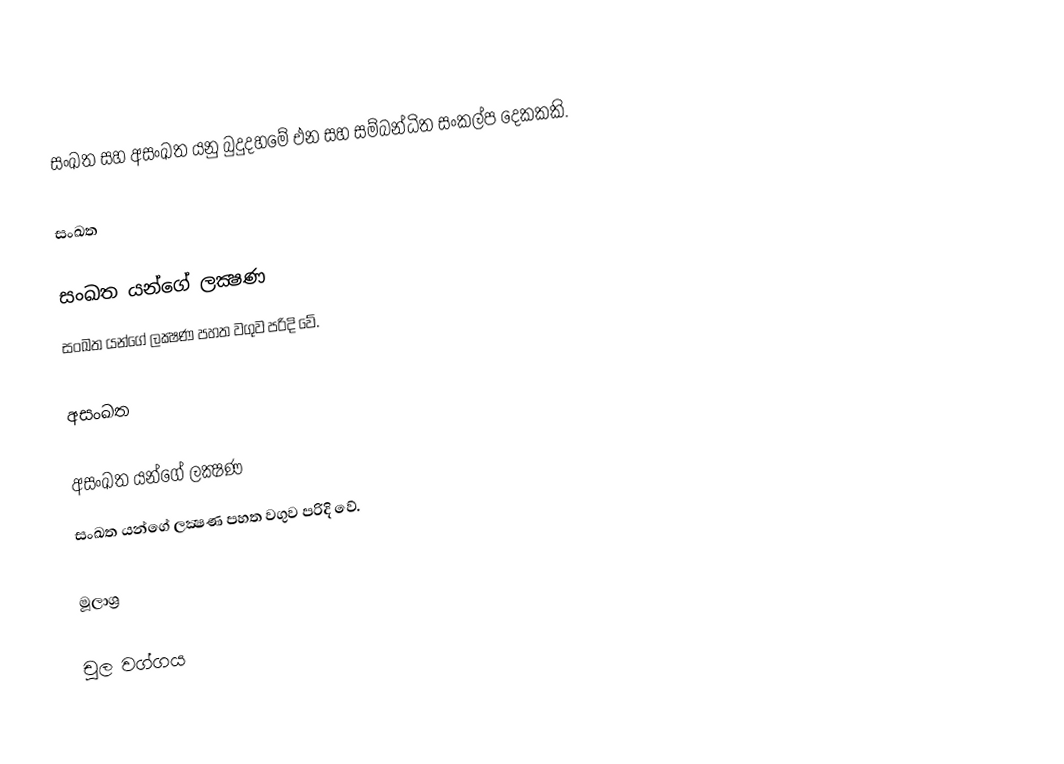
සංඛත සහ අසංඛත යනු බුදුදහමේ එන සහ සම්බන්ධිත සංකල්ප දෙකකකි.

සංඛත

සංඛත යන්ගේ ලක්‍ෂණ
සංඛත යන්ගේ ලක්‍ෂණ පහත වගුව පරිදි වේ.

අසංඛත

අසංඛත යන්ගේ ලක්‍ෂණ
සංඛත යන්ගේ ලක්‍ෂණ පහත වගුව පරිදි වේ.

මූලාශ්‍ර

චූල වග්ගය